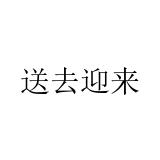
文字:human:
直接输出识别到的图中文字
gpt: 送去迎来